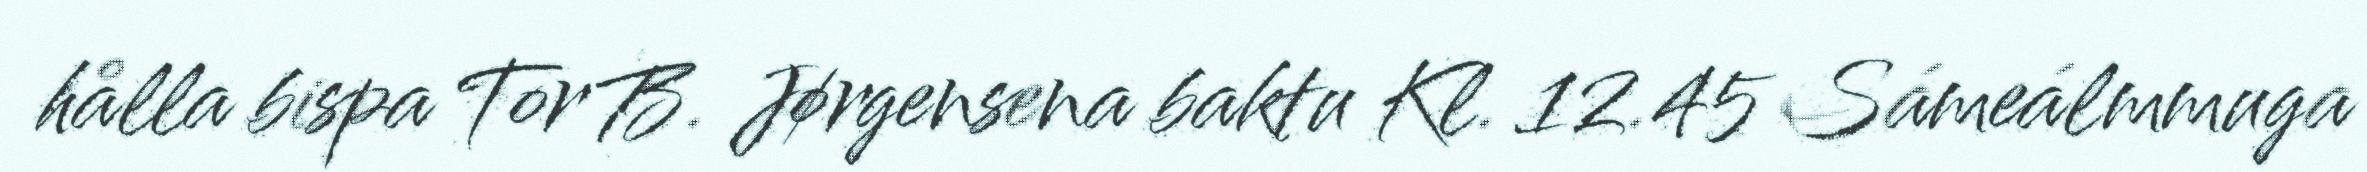
hålla bispa Tor B. Jørgensena baktu Kl. 12.45 Sámeálmmuga